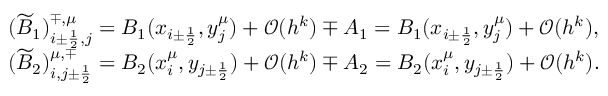
\begin{array} { r l } & { ( \widetilde B _ { 1 } ) _ { i \pm \frac { 1 } { 2 } , j } ^ { \mp , \mu } = B _ { 1 } ( x _ { i \pm \frac { 1 } { 2 } } , y _ { j } ^ { \mu } ) + { \mathcal O } ( h ^ { k } ) \mp A _ { 1 } = B _ { 1 } ( x _ { i \pm \frac { 1 } { 2 } } , y _ { j } ^ { \mu } ) + { \mathcal O } ( h ^ { k } ) , } \\ & { ( \widetilde B _ { 2 } ) _ { i , j \pm \frac { 1 } { 2 } } ^ { \mu , \mp } = B _ { 2 } ( x _ { i } ^ { \mu } , y _ { j \pm \frac { 1 } { 2 } } ) + { \mathcal O } ( h ^ { k } ) \mp A _ { 2 } = B _ { 2 } ( x _ { i } ^ { \mu } , y _ { j \pm \frac { 1 } { 2 } } ) + { \mathcal O } ( h ^ { k } ) . } \end{array}